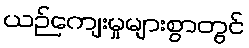
ယဉ်ကျေးမှုများစွာတွင်